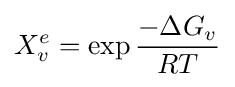
X_{v}^{e}=\exp {\frac {-\Delta G_{v}}{RT}}